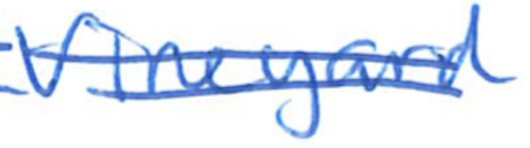
Text: Vineyard
Cross-out: double-line
Writing tool: ballpoint